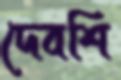
দেবশি